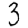
Digit: 3